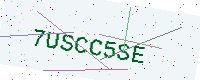
Text: 7USCC5SE